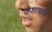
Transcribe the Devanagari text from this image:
कशाचाच